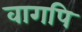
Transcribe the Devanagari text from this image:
वागपि